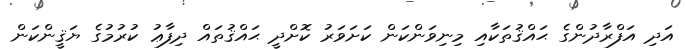
އަދި އަފްރާދުންގެ ޙައްޤުތަކާއި މިނިވަންކަން ކަށަވަރު ކޮށްދީ ޙައްޤުތައް ދިފާޢު ކުރުމުގެ ޔަޤީންކަން